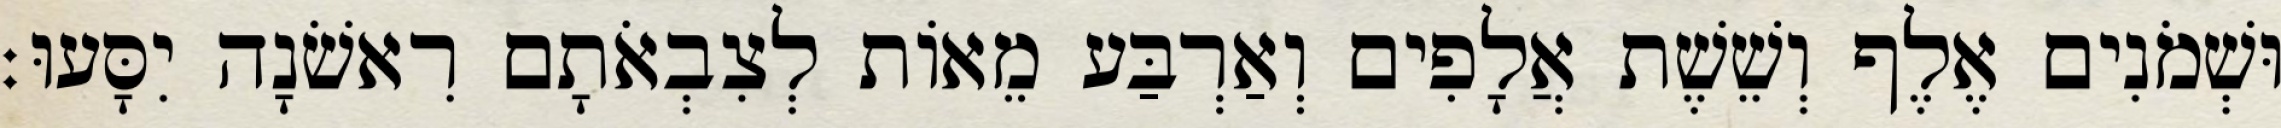
וּשְׁמֹנִים אֶלֶף וְשֵׁשֶׁת אֲלָפִים וְאַרְבַּע מֵאוֹת לְצִבְאֹתָם רִאשֹׁנָה יִסָּעוּ׃